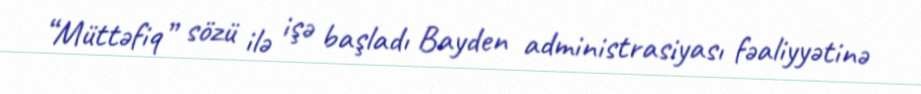
“Müttəfiq” sözü ilə işə başladı Bayden administrasiyası fəaliyyətinə